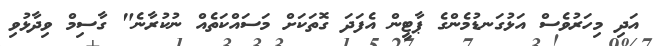
އަދި މިހަރުވެސް އަޅުގަނޑުމެންގެ ޕާޓީން އެފަދަ ގޮތަކަށް މަސައްކަތެއް ނުކުރާނެ" ގާސިމް ވިދާޅުވި